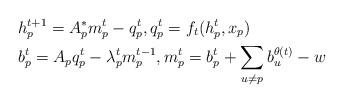
LaTeX: \begin{align*}&h_p^{t+1} = A_p^* m_p^t - q_p^t,q_p^t = f_t(h_p^t,x_p)\\&b_p^t = A_p q_p^t-\lambda_p^t m_p^{t-1},m_p^t = b_p^t +\sum_{u\neq p} b_u^{\theta(t)}-w \end{align*}